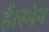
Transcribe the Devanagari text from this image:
हैं।स्पेन